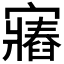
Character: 𫴛